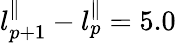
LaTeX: l_{p+1}^{\parallel}-l_{p}^{\parallel}=5.0